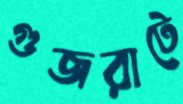
গুজরাটে